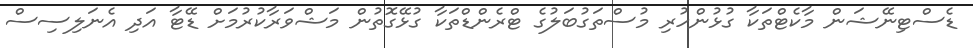
ޑެސްޓިނޭޝަން މާކެޓްތަކާ ގުޅުންހުރި މުސްތަގުބަލުގެ ޓްރެންޑްތަކާ ގުޅޭގޮތުން މަޝްވަރާކުރުމަށް ޑޭޓާ އަދި އެނަލިސިސް